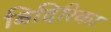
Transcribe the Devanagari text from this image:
बिदिरिका